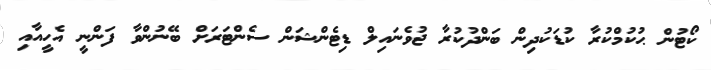
ކޯޓުން ޙުކުމްކުރާ ކުޑަކުދިން ބަންދުކުރާ ޖުވެނައިލް ޑިޓެންޝަން ސެންޓަރަށް ބޭނުންވާ ފަންނީ އެހީއާއި